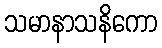
သမာနာသနိကော